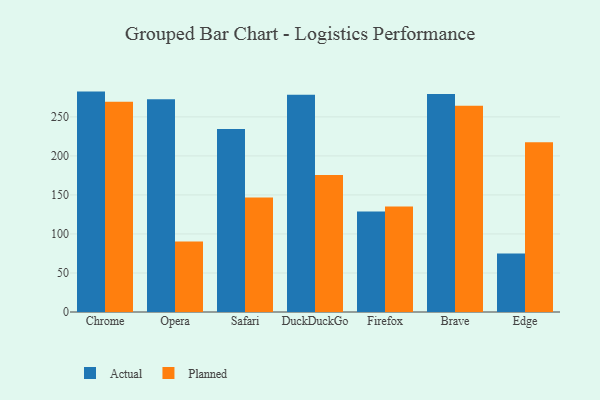
{"axis": {"x": "Browser", "y": "Latency (ms)"}, "legend": ["Actual", "Planned"], "data": [{"x": "Chrome", "y": 282.4, "type": "Actual"}, {"x": "Chrome", "y": 269.4, "type": "Planned"}, {"x": "Opera", "y": 272.6, "type": "Actual"}, {"x": "Opera", "y": 90.2, "type": "Planned"}, {"x": "Safari", "y": 234.4, "type": "Actual"}, {"x": "Safari", "y": 146.7, "type": "Planned"}, {"x": "DuckDuckGo", "y": 278.3, "type": "Actual"}, {"x": "DuckDuckGo", "y": 175.6, "type": "Planned"}, {"x": "Firefox", "y": 128.7, "type": "Actual"}, {"x": "Firefox", "y": 135.1, "type": "Planned"}, {"x": "Brave", "y": 279.3, "type": "Actual"}, {"x": "Brave", "y": 264.4, "type": "Planned"}, {"x": "Edge", "y": 74.9, "type": "Actual"}, {"x": "Edge", "y": 217.4, "type": "Planned"}]}